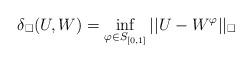
LaTeX: \begin{align*}\delta_\square(U, W) = \inf_{\varphi \in S_{[0, 1]}}||U - W^\varphi||_\square\end{align*}